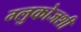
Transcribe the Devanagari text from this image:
ग्लुकोजशी